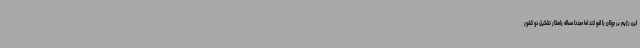
این رژیم بر جولان را لغو کند اما مجددا مساله راهکار تشکیل دو کشور